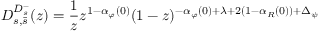
{ \cal D } _ { s , \bar { s } } ^ { D _ { s } ^ { - } } ( z ) = \frac { 1 } { z } z ^ { 1 - \alpha _ { \varphi } ( 0 ) } ( 1 - z ) ^ { - \alpha _ { \varphi } ( 0 ) + \lambda + 2 ( 1 - \alpha _ { R } ( 0 ) ) + \Delta _ { \psi } }